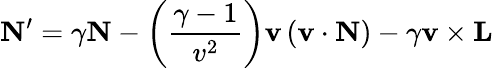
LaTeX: \mathbf{N}^{\prime}=\gamma\mathbf{N}-\left({\frac{\gamma-1}{v^{2}}}\right)\mathbf{v}\left(\mathbf{v}\cdot\mathbf{N}\right)-\gamma\mathbf{v}\times\mathbf{L}